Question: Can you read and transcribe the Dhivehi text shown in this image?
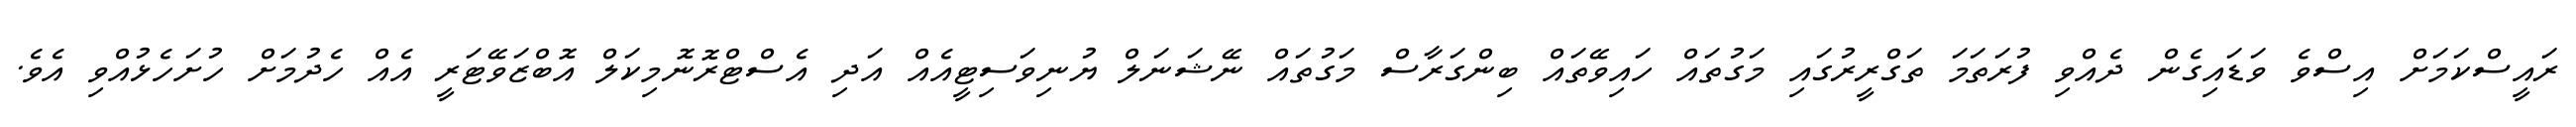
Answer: ރައީސްކަމަށް އިސްވެ ވަޑައިގެން ދެއްވި ފުރަތަމަ ތަގްރީރުގައި މަގުތައް ހައިވޭތައް ބިންގަރާސް މަގުތައް ނޭޝަނަލް ޔުނިވަސިޓީއެއް އަދި އެސްޓްރޮނޮމިކަލް އޮބްޒަވޭޓަރީ އެއް ހެދުމަށް ހުށަހެޅުއްވި އެވެ.